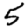
Digit: 5